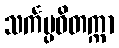
သင်္ကပ္ပဝိတက္ကာ